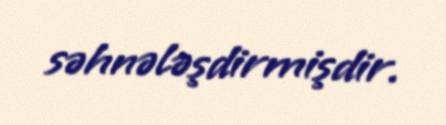
səhnələşdirmişdir.